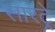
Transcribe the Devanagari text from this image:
सारट्रे